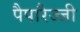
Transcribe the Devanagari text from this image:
पैपारैज्जी